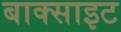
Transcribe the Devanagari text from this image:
बाक्‍साइट